Vaccination in Burma 1920-1933 - 1920-1933
Year: 1920
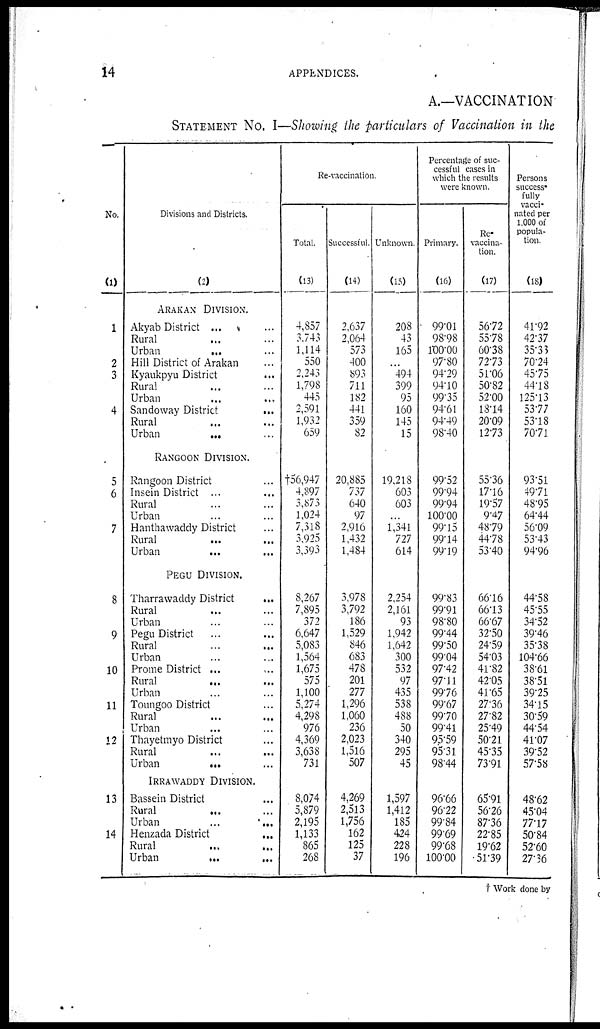
14
APPENDICES.
A.—VACCINATION
STATEMENT No. I—Showing the particulars of Vaccination in the
No.
(1)
1
2
3
4
5
6
7
8
9
10
11
12
13
14
Divisions and Districts.
(2)
ARAKAN DIVISION.
Akyab District ... ...
Rural ... ...
Urban
...
...
Hill District of Arakan ...
Kyaukpyu District ...
Rural ... ...
Urban ... ...
Sandoway District
...
Rural ... ...
Urban
...
...
RANGOON DIVISION.
Rangoon District ...
Insein District ... ...
Rural ... ...
Urban ... ...
Hanthawaddy District ...
Rural ... ...
Urban
...
...
PEGU DIVISION.
Tharrawaddy District
...
Rural ... ...
Urban ... ...
Pegu District ... ...
Rural ... ...
Urban ... ...
Prome District ... ...
Rural ... ...
Urban ... ...
Toungoo District ...
Rural ... ...
Urban ... ...
Thayetmyo District ...
Rural ... ...
Urban
...
...
IRRAWADDY DIVISION.
Bassein District ...
Rural ... ...
Urban
...
...
Henzada District
...
Rural ... ...
Urban
...
...
Re-vaccination.
Total.
(13)
4,857
3,743
1,114
550
2,243
1,798
445
2,591
1,932
659
†56,947
4,897
3,873
1,024
7,318
3,925
3,393
8,267
7,895
372
6,647
5,083
1,564
1,675
575
1,100
5,274
4,298
976
4,369
3,638
731
8,074
5,879
2,195
1,133
865
268
Successful.
(14)
2,637
2,064
573
400
893
711
182
441
359
82
20,885
737
640
97
2,916
1,432
1,484
3,978
3,792
186
1,529
846
683
478
201
277
1,296
1,060
236
2,023
1,516
507
4,269
2,513
1,756
162
125
37
Unknown.
(15)
208
43
165
...
494
399
95
160
145
15
19,218
603
603
...
1,341
727
614
2,254
2,161
93
1,942
1,642
300
532
97
435
538
488
50
340
295
45
1,597
1,412
185
424
228
196
Percentage of suc-
cessful cases in
which the results
were known.
Primary.
(16)
99.01
98.98
100.00
97.80
94.29
94.10
99.35
94.61
94.49
98.40
99.52
99.94
99.94
100.00
99.15
99.14
99.19
99.83
99.91
98.80
99.44
99.50
99.04
97.42
97.11
99.76
99.67
99.70
99.41
95.59
95.31
98.44
96.66
96.22
99.84
99.69
99.68
100.00
Re-
vaccina-
tion.
(17)
56.72
55.78
60.38
72.73
51.06
50.82
52.00
18.14
20.09
12.73
55.36
17.16
19.57
9.47
48.79
44.78
53.40
66.16
66.13
66.67
32.50
24.59
54.03
41.82
42.05
41.65
27.36
27.82
25.49
50.21
45.35
73.91
65.91
56.26
87.36
22.85
19.62
51.39
Persons
success-
fully
vacci-
nated per
1,000 of
popula-
tion.
(18)
41.92
42.37
35.33
70.24
45.75
44.18
125.13
53.77
53.18
70.71
93.51
49.71
48.95
64.44
56.09
53.43
94.96
44.58
45.55
34.52
39.46
35.38
104.66
38.61
38.51
39.25
34.15
30.59
44.54
41.07
39.52
57.58
48.62
45.04
77.17
50.84
52.60
27.36
† Work done by